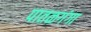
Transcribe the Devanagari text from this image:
पातळगंगा